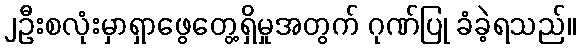
၂ဦးစလုံးမှာရှာဖွေတွေ့ရှိမှုအတွက် ဂုဏ်ပြု ခံခဲ့ရသည်။